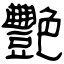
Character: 艷